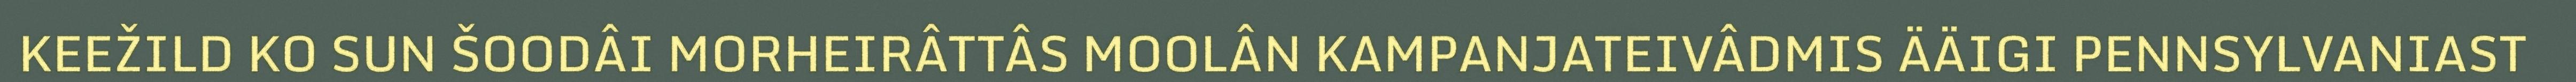
KEEŽILD KO SUN ŠOODÂI MORHEIRÂTTÂS MOOLÂN KAMPANJATEIVÂDMIS ÄÄIGI PENNSYLVANIAST